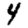
Digit: 4